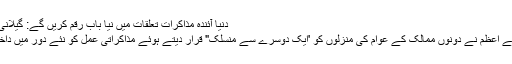
دنیا آئندہ مذاکرات تعلقات میں نیا باب رقم کریں گے: گیلانی، من موہن نومبر 10, 2011
پاکستان اور بھارت کے وزرائے اعظم نے دونوں ممالک کے عوام کی منزلوں کو 'ایک دوسرے سے منسلک" قرار دیتے ہوئے مذاکراتی عمل کو نئے دور میں داخل کرنے کا عزم ظاہر کیا ہے۔